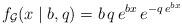
LaTeX: \begin{align*}f_{\mathcal{G}}(x \mid b, q) = b \, q \, e^{bx} \, e^{-q \, e^{bx}}\end{align*}